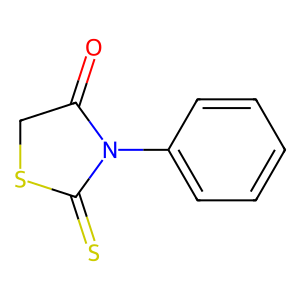
SMILES: O=C1CSC(=S)N1c1ccccc1
Inhibits HIV replication: No